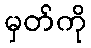
မှတ်ကို